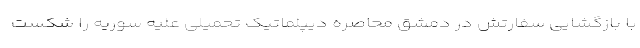
با بازگشایی سفارتش در دمشق محاصره دیپلماتیک تحمیلی علیه سوریه را شکست